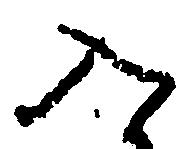
入